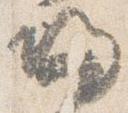
帰